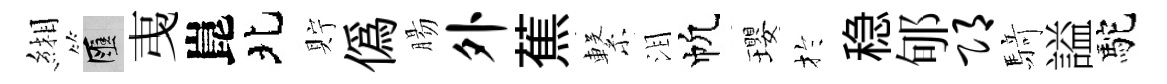
緗匯𢎯崑北貯僞腸外蕉繋泪帆瓔扵稳郇邛𮪍謚駝